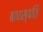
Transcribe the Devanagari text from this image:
बाचस्पति